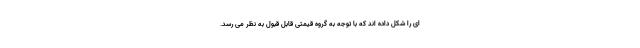
ای را شکل داده اند که با توجه به گروه قیمتی قابل قبول به نظر می رسد.